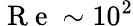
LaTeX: \mathrm{~R~e~}\sim 10^{2}